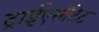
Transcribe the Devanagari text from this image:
ट्राईएसीटेट